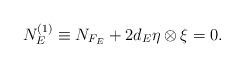
LaTeX: \begin{align*}N_E^{(1)}\equiv N_{F_E}+2d_E\eta\otimes \xi=0.\end{align*}